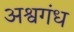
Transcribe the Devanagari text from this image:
अश्वगंध